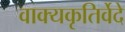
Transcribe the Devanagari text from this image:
वाक्यकृतिर्वेदे